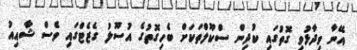
އޭނާ ވިދާޅުވި ގޮތުގައި ކުދިން ސްކޫލްތަކަށް ބެހިގޮތުގެ އުސޫލު ގެޒެޓްގައި ވެސް ޝާއިއު